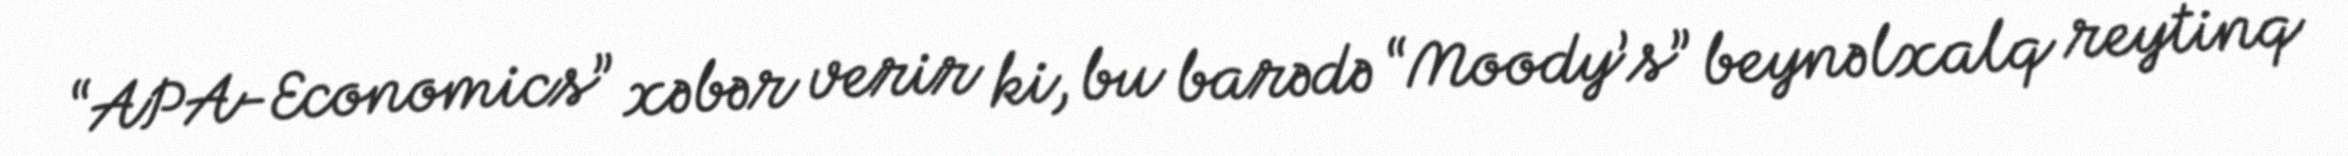
“APA-Economics” xəbər verir ki, bu barədə “Moody’s” beynəlxalq reytinq